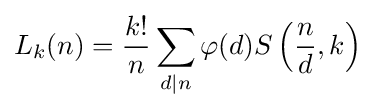
L_{k}(n)={\frac {k!}{n}}\sum _{d\mid n}\varphi (d)S\left({\frac {n}{d}},k\right)\;